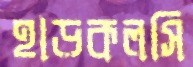
হাড়কলসি